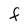
Character: f